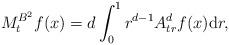
LaTeX: \begin{align*}M_{t}^{B^2}f(x)=d\int_{0}^{1}r^{d-1}{A_{tr}^d} f(x){\rm d}r,\end{align*}